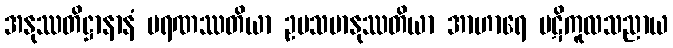
အနုဿတိဋ္ဌာနာနံ မရဏဿတိယာ ဥပသမာနုဿတိယာ အာဟာရေ ပဋိကူလသညာယ